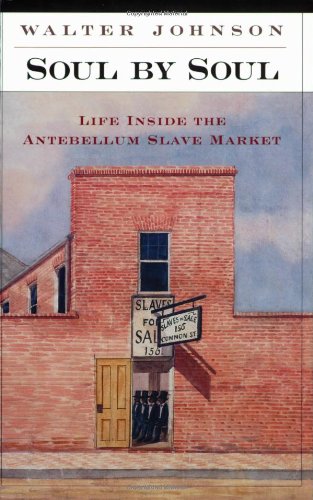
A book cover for Soul by Soul: Life Inside the Antebellum Slave Market; Walter Johnson; Science & Math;